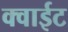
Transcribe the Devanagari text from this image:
क्वाईट